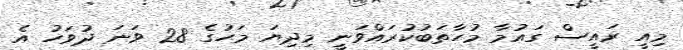
މިއީ ރައީސް ގައުމާ މުހާތަބުކުރައްވަނީ މިދިޔަ މަހުގެ 28 ވަނަ ދުވަހު އެ